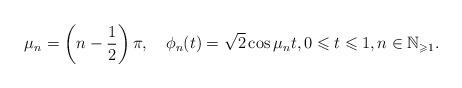
LaTeX: \begin{align*}\mu_{n}=\left( n-\frac{1}{2}\right) \pi,\quad\phi_{n}(t)=\sqrt{2}\cos\mu_{n}t,0\leqslant t\leqslant1,n\in\mathbb{N}_{\geqslant1}.\end{align*}